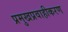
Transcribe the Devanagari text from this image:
प्रमुखप्रवाहीकरण